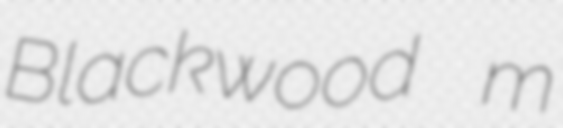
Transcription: Blackwood  m